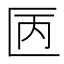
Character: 㔷